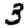
Digit: 3